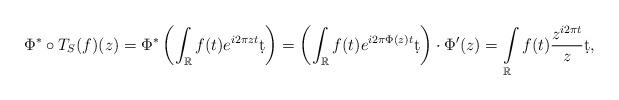
LaTeX: \begin{align*} \Phi^*\circ T_S(f)(z) &= \Phi^*\left( \int_{\mathbb{R}} f(t)e^{i2\pi zt}\d t\right) = \left(\int_{\mathbb{R}} f(t)e^{i2\pi \Phi(z)t}\d t\right)\cdot \Phi'(z) = \int\limits_{\mathbb{R}} f(t)\dfrac{z^{i2\pi t}}{z}\d t, \end{align*}